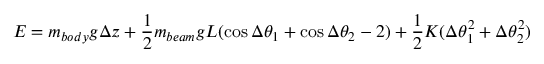
E = m _ { b o d y } g \Delta z + \frac { 1 } { 2 } m _ { b e a m } g L ( \cos \Delta \theta _ { 1 } + \cos \Delta \theta _ { 2 } - 2 ) + \frac { 1 } { 2 } K ( \Delta \theta _ { 1 } ^ { 2 } + \Delta \theta _ { 2 } ^ { 2 } )